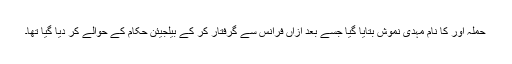
حملہ آور کا نام مہدی نموش بتایا گیا جسے بعد ازاں فرانس سے گرفتار کر کے بیلجیئن حکام کے حوالے کر دیا گیا تھا۔